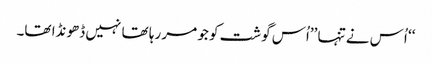
‘‘ اُس نے تنہا ’’اُس گوشت کو جو مر رہا تھا نہیں ڈھونڈا تھا۔